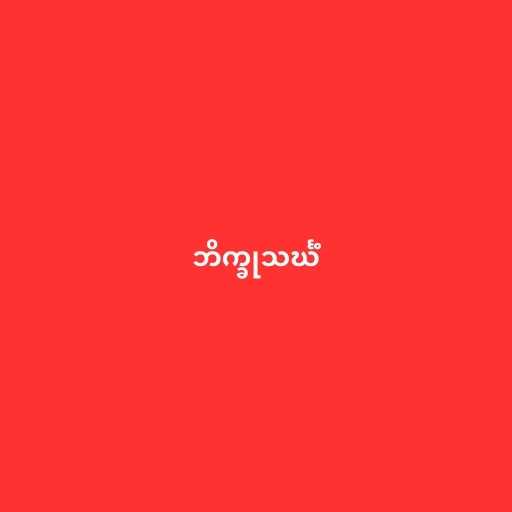
ဘိက္ခုသင်္ဃံ